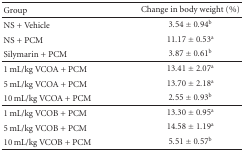
<table><thead><tr><td><b>Group</b></td><td><b>Change in body weight (%)</b></td></tr></thead><tbody><tr><td>NS + Vehicle</td><td>3.54 ± 0.94<sup>b</sup></td></tr><tr><td>NS + PCM</td><td>11.17 ± 0.53<sup>a</sup></td></tr><tr><td>Silymarin + PCM</td><td>3.87 ± 0.61<sup>b</sup></td></tr><tr><td>1 mL/kg VCOA + PCM</td><td>13.41 ± 2.07<sup>a</sup></td></tr><tr><td>5 mL/kg VCOA + PCM</td><td>13.70 ± 2.18<sup>a</sup></td></tr><tr><td>10 mL/kg VCOA + PCM</td><td>2.55 ± 0.93<sup>b</sup></td></tr><tr><td>1 mL/kg VCOB + PCM</td><td>13.30 ± 0.95<sup>a</sup></td></tr><tr><td>5 mL/kg VCOB + PCM</td><td>14.58 ± 1.19<sup>a</sup></td></tr><tr><td>10 mL/kg VCOB + PCM</td><td>5.51 ± 0.57<sup>b</sup></td></tr></tbody></table>